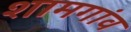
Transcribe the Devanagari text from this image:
शामगांव